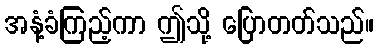
အနံ့ခံကြည့်ကာ ဤသို့ ပြောတတ်သည်။